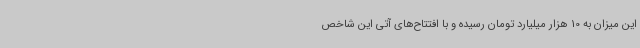
این میزان به 10 هزار میلیارد تومان رسیده و با افتتاح‌های آتی این شاخص